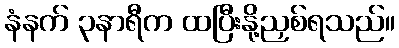
နံနက် ၃နာရီက ထပြီးနို့ညှစ်ရသည်။